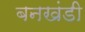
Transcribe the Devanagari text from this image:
बनखंडी